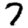
Digit: 7